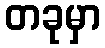
တခုမှာ